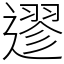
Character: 䢧